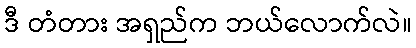
ဒီ တံတား အရှည်က ဘယ်လောက်လဲ။